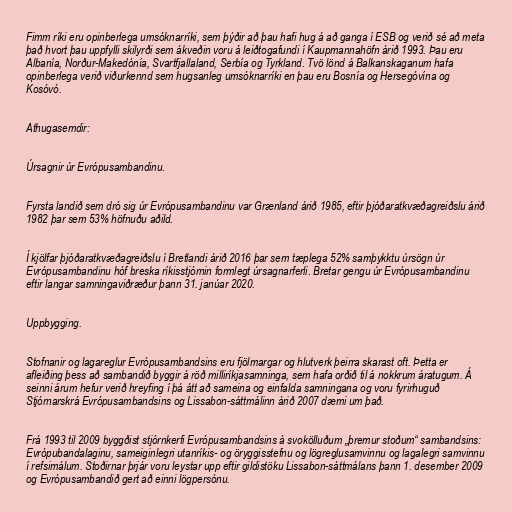
Fimm ríki eru opinberlega umsóknarríki, sem þýðir að þau hafi hug á að ganga í ESB og verið sé að meta
það hvort þau uppfylli skilyrði sem ákveðin voru á leiðtogafundi í Kaupmannahöfn árið 1993. Þau eru
Albanía, Norður-Makedónía, Svartfjallaland, Serbía og Tyrkland. Tvö lönd á Balkanskaganum hafa
opinberlega verið viðurkennd sem hugsanleg umsóknarríki en þau eru Bosnía og Hersegóvína og
Kosóvó.

Athugasemdir:

Úrsagnir úr Evrópusambandinu.

Fyrsta landið sem dró sig úr Evrópusambandinu var Grænland árið 1985, eftir þjóðaratkvæðagreiðslu árið
1982 þar sem 53% höfnuðu aðild.

Í kjölfar þjóðaratkvæðagreiðslu í Bretlandi árið 2016 þar sem tæplega 52% samþykktu úrsögn úr
Evrópusambandinu hóf breska ríkisstjórnin formlegt úrsagnarferli. Bretar gengu úr Evrópusambandinu
eftir langar samningaviðræður þann 31. janúar 2020.

Uppbygging.

Stofnanir og lagareglur Evrópusambandsins eru fjölmargar og hlutverk þeirra skarast oft. Þetta er
afleiðing þess að sambandið byggir á röð milliríkjasamninga, sem hafa orðið til á nokkrum áratugum. Á
seinni árum hefur verið hreyfing í þá átt að sameina og einfalda samningana og voru fyrirhuguð
Stjórnarskrá Evrópusambandsins og Lissabon-sáttmálinn árið 2007 dæmi um það.

Frá 1993 til 2009 byggðist stjórnkerfi Evrópusambandsins á svokölluðum „þremur stoðum“ sambandsins:
Evrópubandalaginu, sameiginlegri utanríkis- og öryggisstefnu og lögreglusamvinnu og lagalegri samvinnu
í refsimálum. Stoðirnar þrjár voru leystar upp eftir gildistöku Lissabon-sáttmálans þann 1. desember 2009
og Evrópusambandið gert að einni lögpersónu.